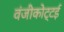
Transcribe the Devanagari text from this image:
वंजीकोट्टई